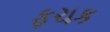
ફચક